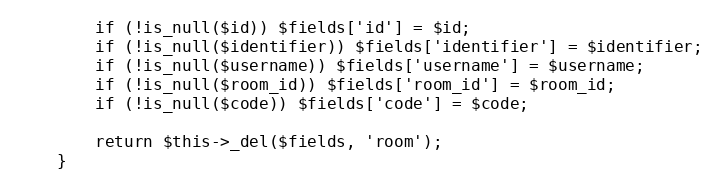
Language: PHP
        if (!is_null($id)) $fields['id'] = $id;
        if (!is_null($identifier)) $fields['identifier'] = $identifier;
        if (!is_null($username)) $fields['username'] = $username;
        if (!is_null($room_id)) $fields['room_id'] = $room_id;
        if (!is_null($code)) $fields['code'] = $code;

        return $this->_del($fields, 'room');
    }